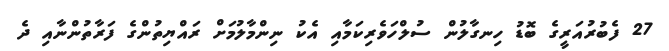
27 ފެބުރުއަރީގެ ބޮޑު ހިނގާލުން ސުލްހަވެރިކަމާއި އެކު ނިންމާލުމަށް ރައްޔިތުންގެ ފަރާތުންނާއި ދެ